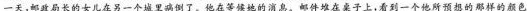
一天，邮政局长的女儿在另一个城里病倒了。他在等候她的消息。邮件堆在桌子上，看到一个他所预想的那样的颜色